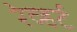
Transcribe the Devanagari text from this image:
रेव्हर्ट